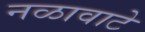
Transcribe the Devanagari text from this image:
नळावाटे